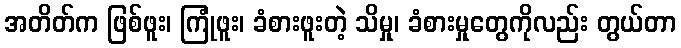
အတိတ်က ဖြစ်ဖူး၊ ကြုံဖူး၊ ခံစားဖူးတဲ့ သိမှု၊ ခံစားမှုတွေကိုလည်း တွယ်တာ